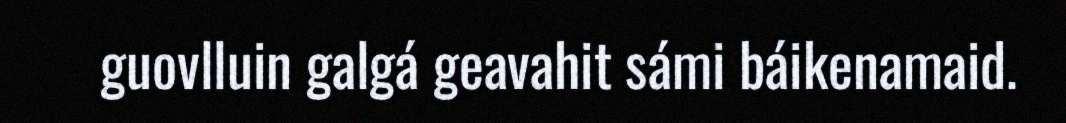
guovlluin galgá geavahit sámi báikenamaid.